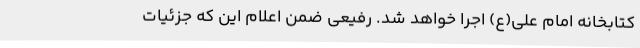
کتابخانه امام علی(ع) اجرا خواهد شد. رفیعی ضمن اعلام این که جزئیات